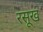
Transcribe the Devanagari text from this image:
रसूख